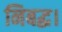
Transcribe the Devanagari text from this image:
निबद्ध।